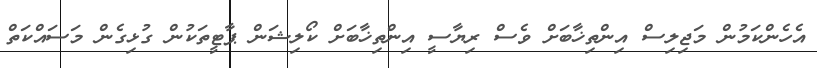
އެހެންކަމުން މަޖިލިސް އިންތިޚާބަށް ވެސް ރިޔާސީ އިންތިޚާބަށް ކޯލިޝަން ޕާޓީތަކުން ގުޅިގެން މަސައްކަތް